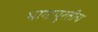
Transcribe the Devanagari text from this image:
भागापुरतीच